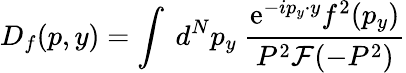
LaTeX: D_{f}(p,y)=\int~d^{N}p_{y}~\frac{\mathrm{e}^{-ip_{y}\cdot y}f^{2}(p_{y})}{P^{2}{\cal F}(-P^{2})}